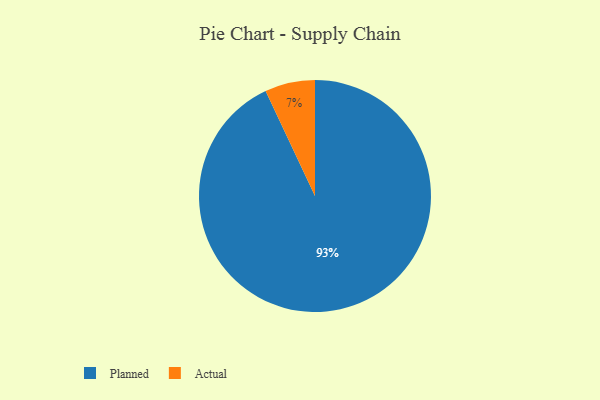
{"axis": {"x": "Category", "y": "Percentage"}, "legend": ["Actual", "Planned"], "data": [{"x": "Planned", "y": 93, "type": "Planned"}, {"x": "Actual", "y": 7, "type": "Actual"}]}